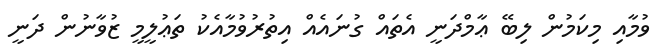
ވުމާއި މިކަމުން ލިބޭ ޢާމްދަނީ އެތައް ގުނައެއް އިތުރުވުމާއެކު ތަޢުލީމީ ޒުވާނުން ދަނީ